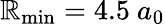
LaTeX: \mathbb{R}_{\mathrm{{min}}}=4.5~a_{0}